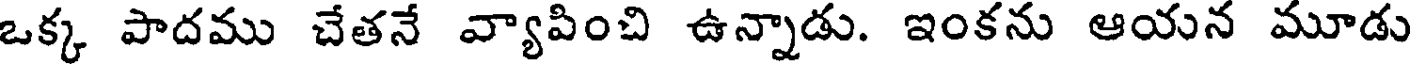
ఒక్క పాదము చేతనే వ్యాపించి ఉన్నాడు. ఇంకను ఆయన మూడు